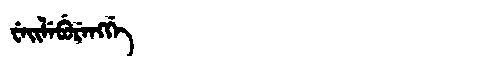
Manchu: ᠸᡝᡳᠯᡝᠪᡠᡵᡝᠩᡤᡝ
Romanization: WEILEBURENGGE